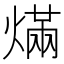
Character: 𰟓